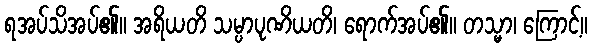
ရအပ်သိအပ်၏။ အရိယတိ သမ္ပာပုဏိယတိ၊ ရောက်အပ်၏။ တသ္မာ၊ ကြောင့်။